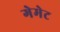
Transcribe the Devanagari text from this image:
गेमेट